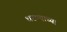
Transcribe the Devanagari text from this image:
धरण्याच्या